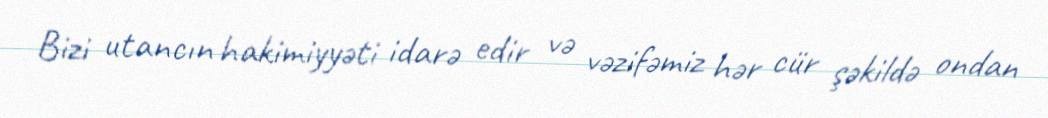
Bizi utancın hakimiyyəti idarə edir və vəzifəmiz hər cür şəkildə ondan